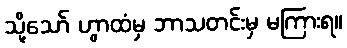
သို့သော် ဟွာထံမှ ဘာသတင်းမှ မကြားရ။